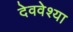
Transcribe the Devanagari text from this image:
देववेश्या